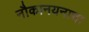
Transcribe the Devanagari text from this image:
नौकानयनाचा